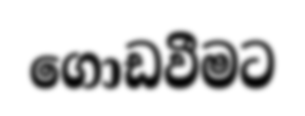
ගොඩවීමට